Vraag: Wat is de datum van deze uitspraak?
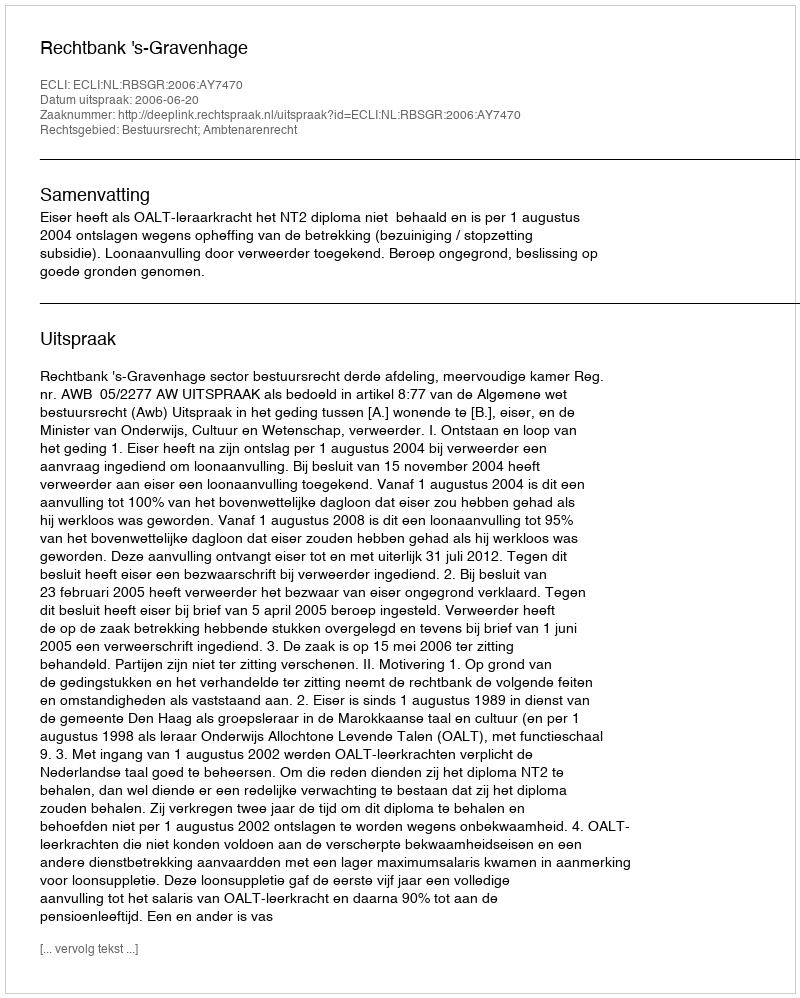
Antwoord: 2006-06-20